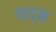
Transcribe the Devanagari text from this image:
वाद्क